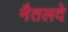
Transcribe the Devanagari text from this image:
नैतलदे